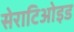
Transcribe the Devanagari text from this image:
सेराटिओइड